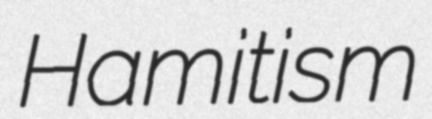
Hamitism